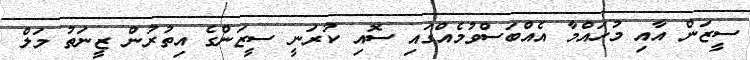
ސީޒަން އާއި މުހައްމާ އެއްބަސްވުމެއްގައި ސޮއި ކުރަނީ ސީޒަންގެ އިތުރުން ޒީނަތު މަލް